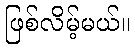
ဖြစ်လိမ့်မယ်။